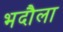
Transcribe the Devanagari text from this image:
भदौला